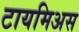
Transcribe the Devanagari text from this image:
टायमिअस